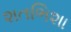
શતભિશા